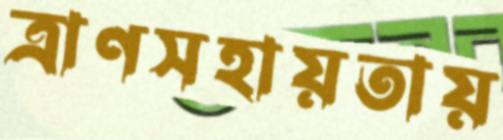
ত্রাণসহায়তায়